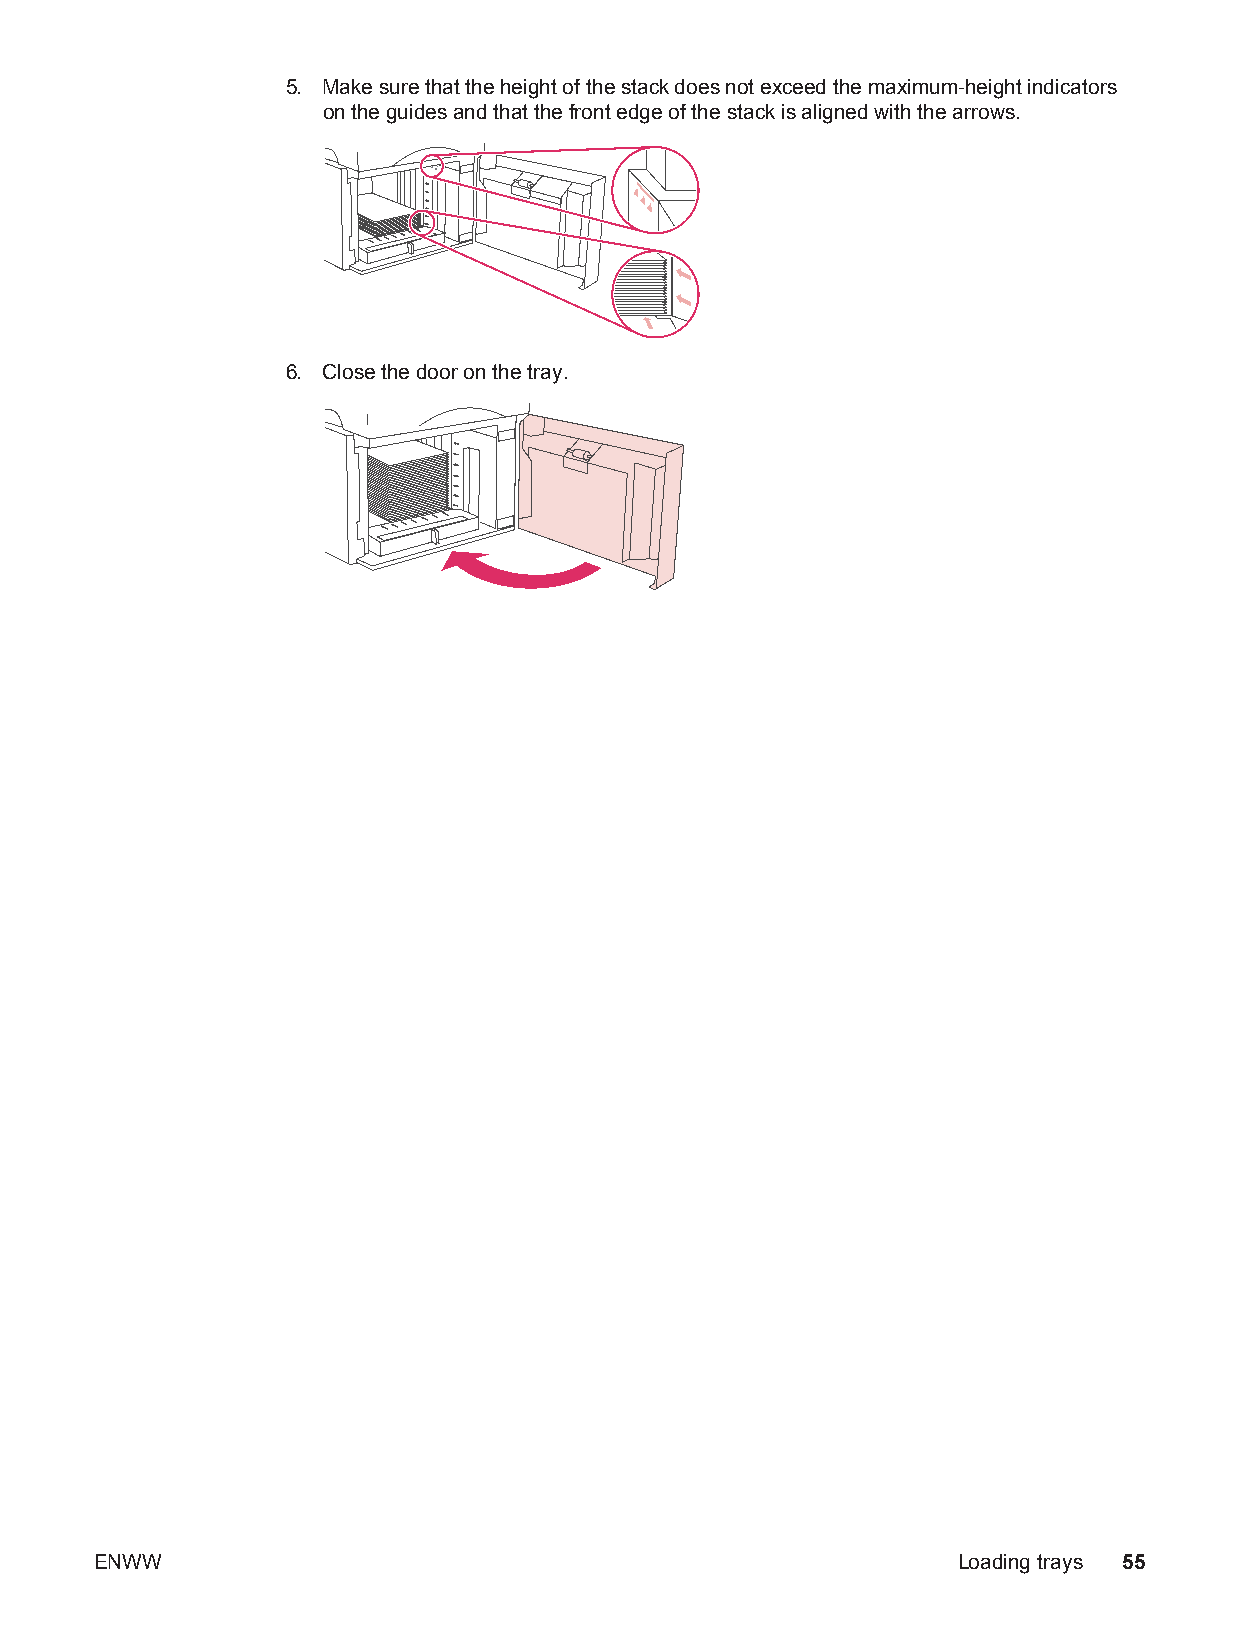
5. Make sure that the height of the stack does not exceed the maximum-height indicators
 on the guides and that the front edge of the stack is aligned with the arrows.
 6. Close the door on the tray.
 ENWW                                                     Loading trays 55